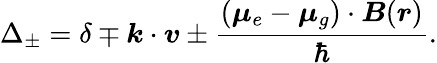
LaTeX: \Delta_{\pm}=\delta\mp\boldsymbol{k}\cdot\boldsymbol{v}\pm\frac{(\boldsymbol{\mu}_{e}-\boldsymbol{\mu}_{g})\cdot\boldsymbol{B}(\boldsymbol{r})}{\hbar}.